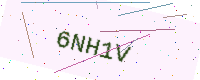
Text: 6NH1V